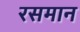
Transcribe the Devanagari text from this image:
रसमान